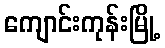
ကျောင်းကုန်းမြို့